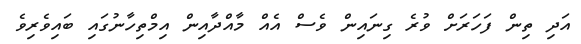
އަދި ތިން ފަހަރަށް ވުރެ ގިނައިން ވެސް އެއް މާއްދާއިން އިމްތިހާނުގައި ބައިވެރިވެ